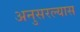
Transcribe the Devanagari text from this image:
अनुसरल्यास